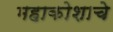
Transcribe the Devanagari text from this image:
महाकोशाचे